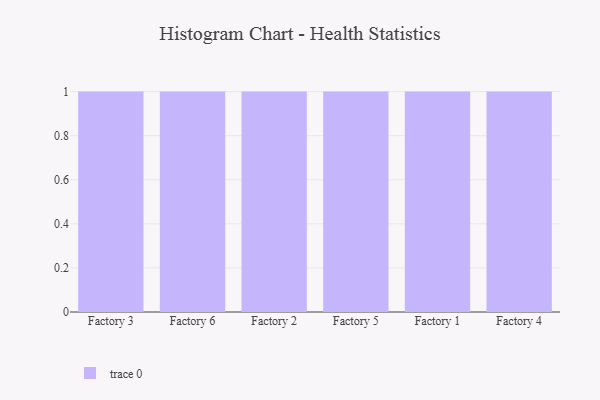
{"axis": {"x": "Factory", "y": "Gross Profit (USD K)"}, "legend": [""], "data": [{"x": "Factory 3", "y": 73, "type": ""}, {"x": "Factory 6", "y": 87, "type": ""}, {"x": "Factory 2", "y": 61, "type": ""}, {"x": "Factory 5", "y": 48, "type": ""}, {"x": "Factory 1", "y": 87, "type": ""}, {"x": "Factory 4", "y": 22, "type": ""}]}